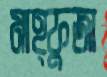
মাহ্ফুজা